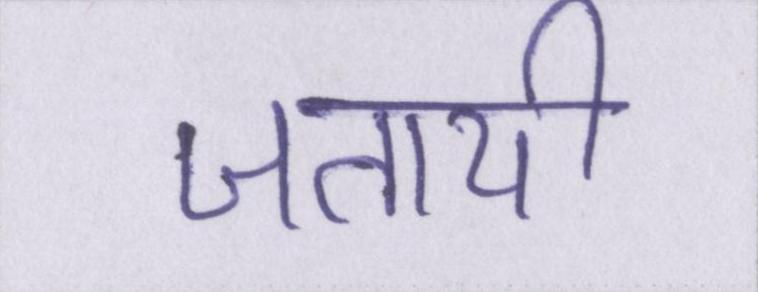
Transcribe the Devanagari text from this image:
जतायी